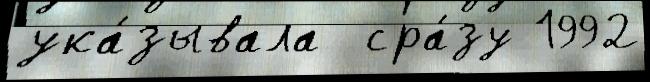
ука́зывала  сра́зу 1992